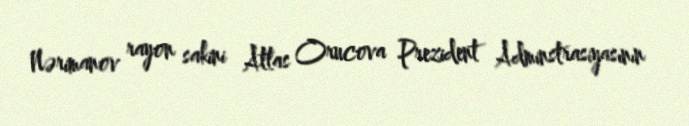
Nərimanov rayon sakini Atlas Orucova Prezident Adminstrasiyasının